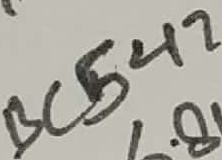
Text: BC547